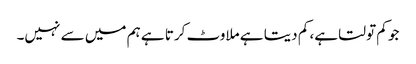
جو کم تولتا ہے، کم دیتا ہے ملاوٹ کرتا ہے ہم میں سے نہیں۔